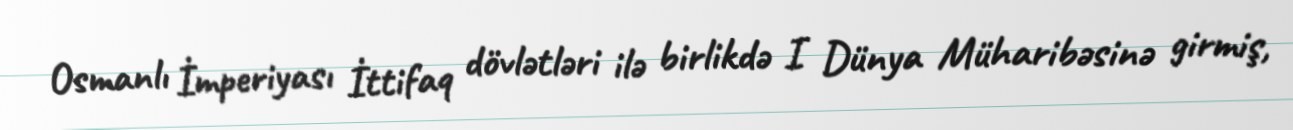
Osmanlı İmperiyası İttifaq dövlətləri ilə birlikdə I Dünya Müharibəsinə girmiş,